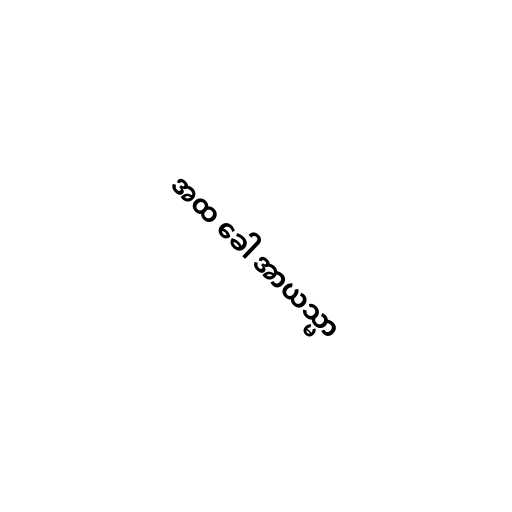
အထ ခေါ အာယသ္မာ